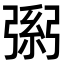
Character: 𢐐